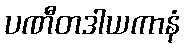
ပဏီတဒါယကာနံ